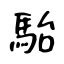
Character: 駘